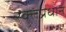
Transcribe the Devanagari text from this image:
रक्तप्रधान